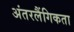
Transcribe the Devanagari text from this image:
अंतरलैंगिकता